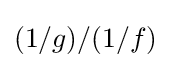
(1/g)/(1/f)